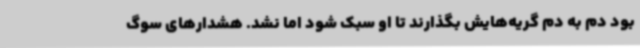
بود دم به دم گریه‌هایش بگذارند تا او سبک شود اما نشد. هشدارهای سوگ